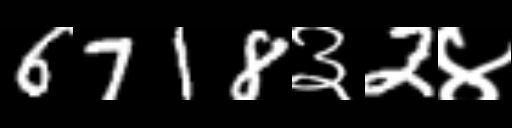
Text: 6718३2४